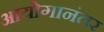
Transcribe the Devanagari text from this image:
आयोगानंतर